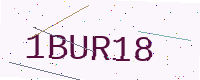
Text: 1BUR18